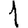
Digit: 1